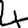
Digit: 4